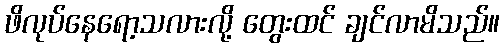
ဖိလုပ်နေရော့သလားလို့ တွေးထင် ချင်လာမိသည်။